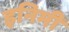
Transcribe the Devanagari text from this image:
इनिमी